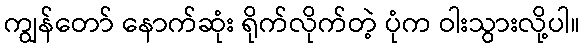
ကျွန်တော် နောက်ဆုံး ရိုက်လိုက်တဲ့ ပုံက ဝါးသွားလို့ပါ။